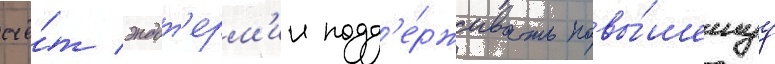
счё́т эндот'ерм'ии подд'е́рживать повы́шеннуу